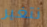
نتغير